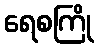
ရေစကြို